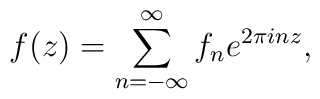
f(z) = \sum_{n=-\infty}^{\infty} f_n e^{2 \pi i n z},